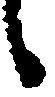
候